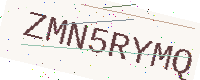
Text: ZMN5RYMQ